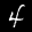
Label: 4